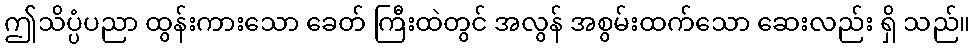
ဤသိပ္ပံပညာ ထွန်းကားသော ခေတ် ကြီးထဲတွင် အလွန် အစွမ်းထက်သော ဆေးလည်း ရှိ သည်။